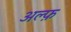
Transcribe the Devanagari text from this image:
अल्फ़